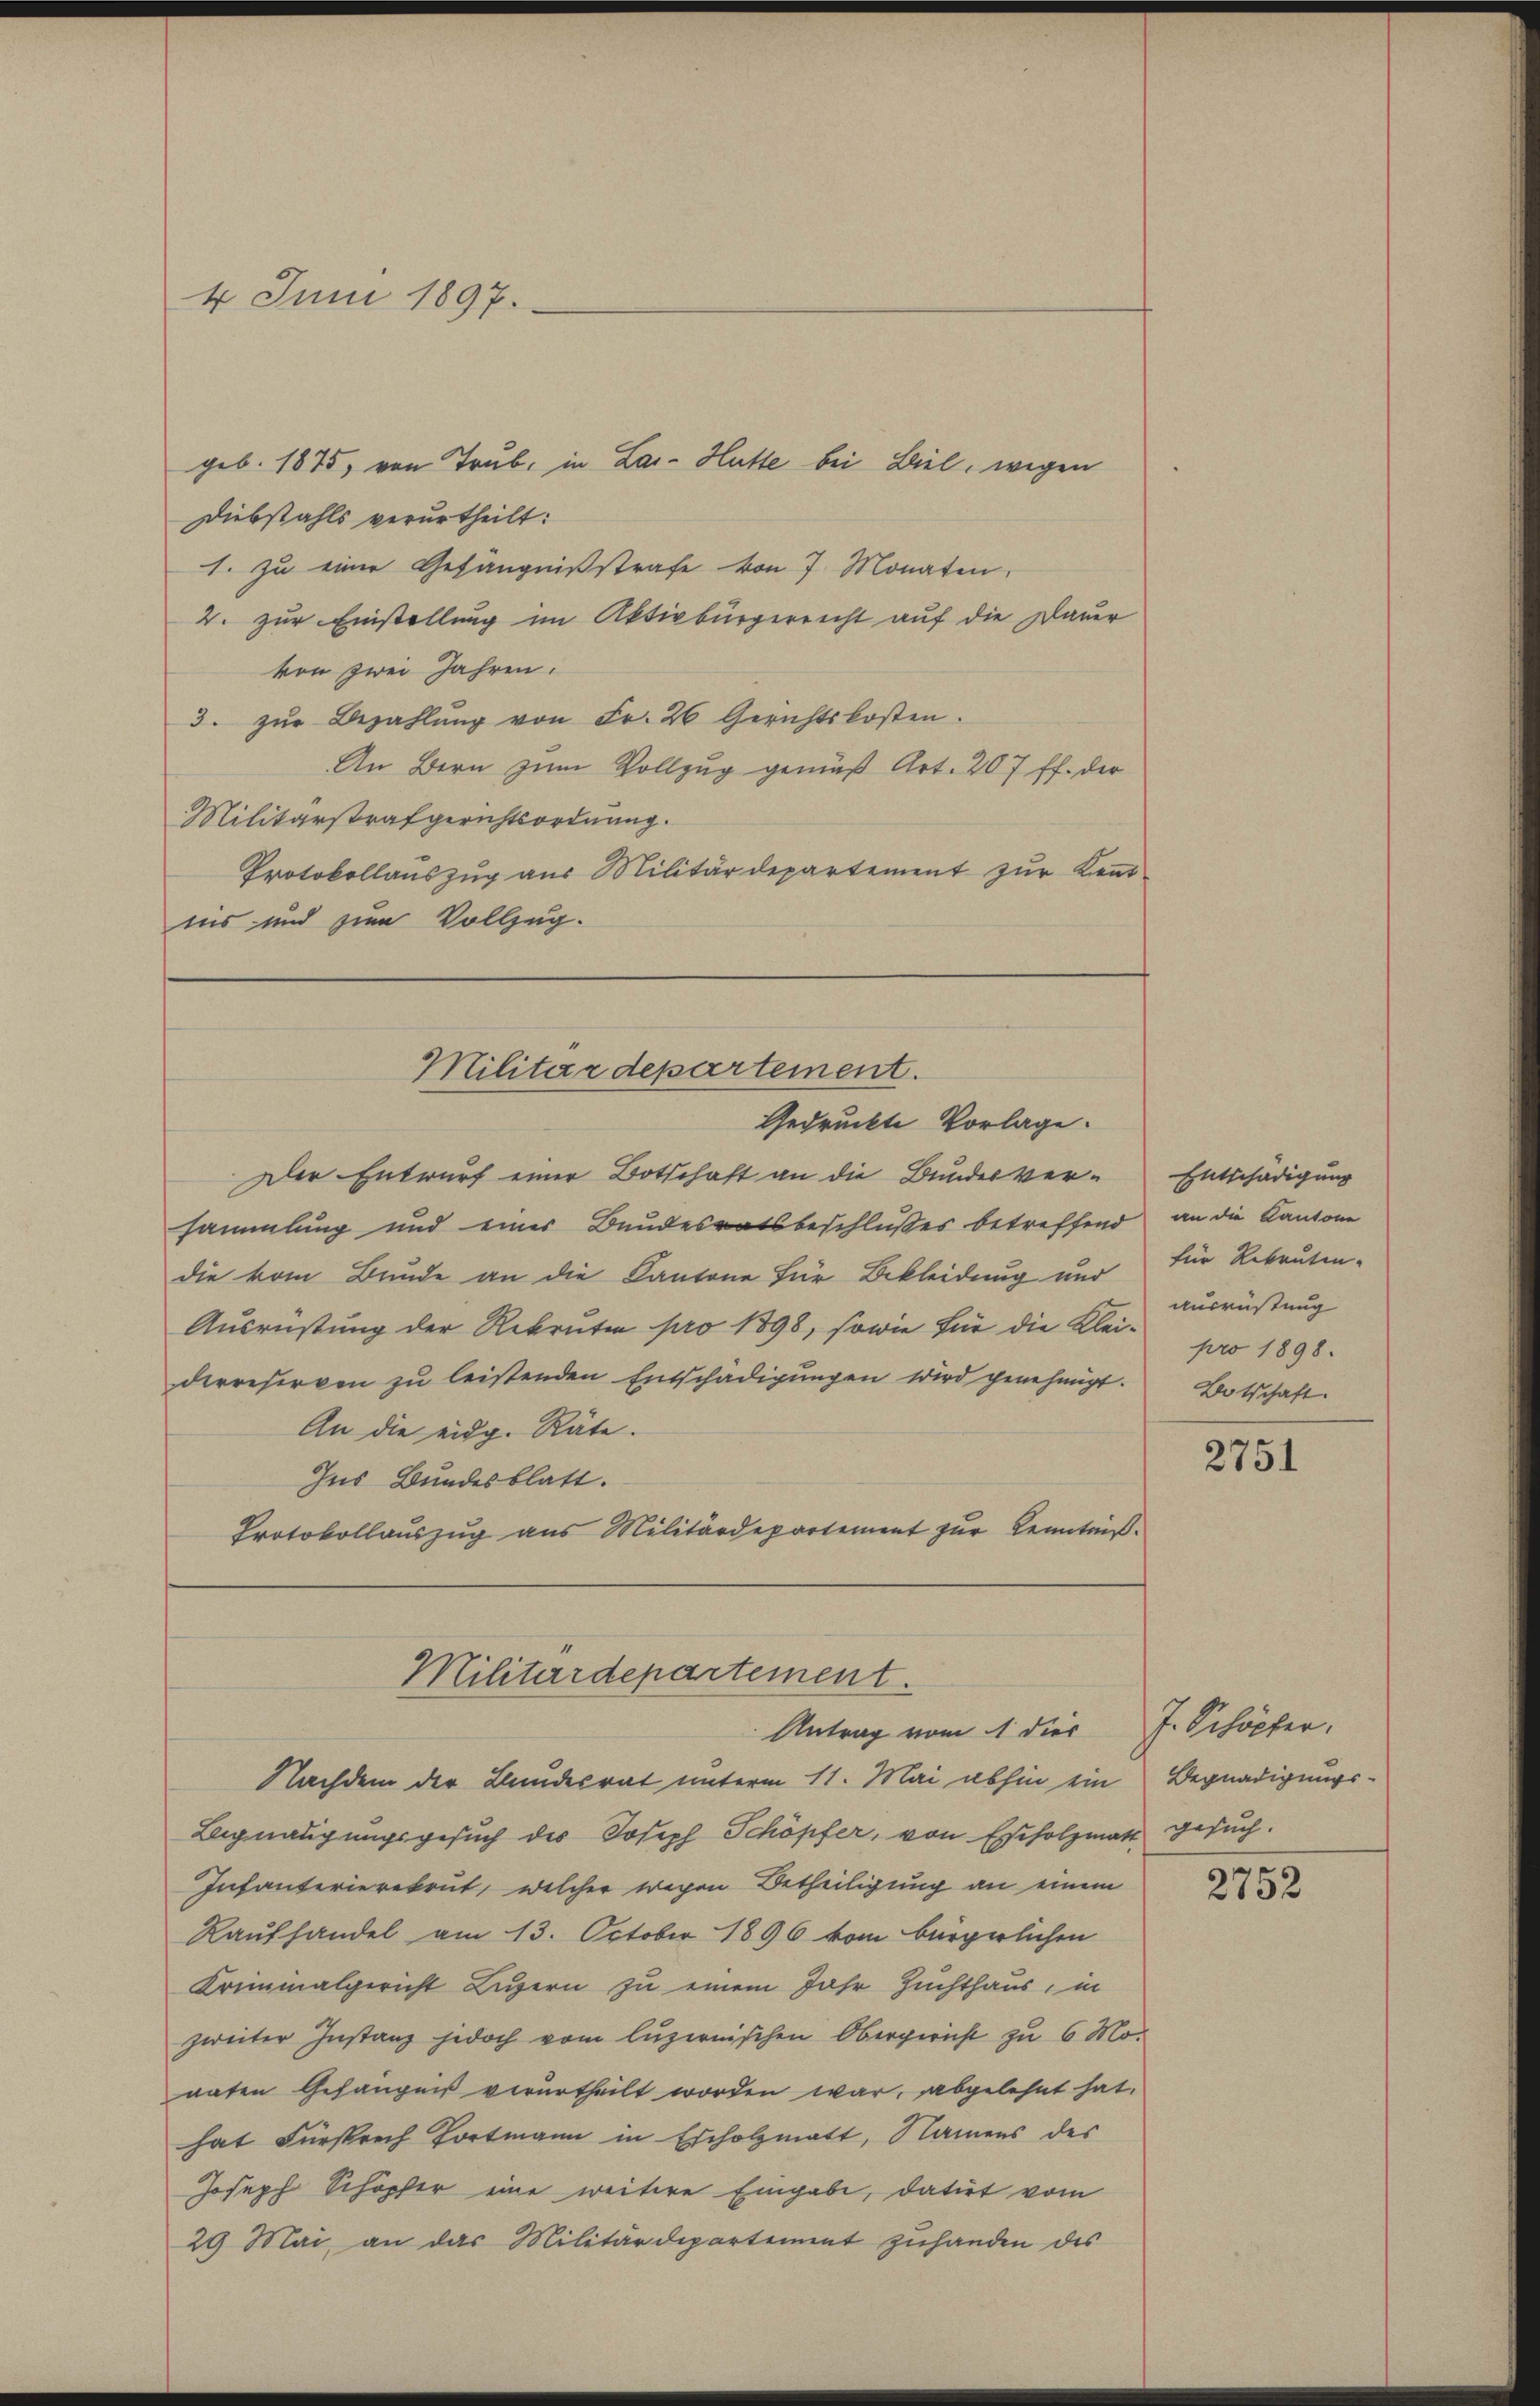
4. Juni 1897.

geb. 1875, von Trub, in Lar- Hütte bei Ziel, wegen
Diebstahls verurtheilt:
1. zu einer Gefängnißstrafe von 7 Monaten.
2. zur Einstellung im Aktivbürgerricht auf die Dauer
kon zwei Jahren.
3. zŭr Bezahlŭng von Fr. 26 Gerichtskosten.
An Bern zum Vollzug gemäß Art. 207 ff. der
Militärstrafgerichtsordnung.
Protokollauszug aus Militärdepartement zur Kent
nis und zum Vollzug.

Der Entwurf einer Botschaft an die Bundesversammlung und einer Bundesratsbeschlußes betreffend
die vom Bunde an die Kantone für Bekleidung und
Ausrüstung der Rekruten pro 1898, sowie für die Klei¬ pro 1898.
derreserven zu leistenden Entschädigungen wird genehmigt.
An die eidg. Räte.
Ins Bundesblatt.
Protokollaŭszŭg aŭs Militärdepartement zŭr Kenntniß-

Militärdepartement.
Gedruckte Vorlage.

Militärdepartement.
Antrag vom 1. dies J. Schöpfer.

Nachdem der Bundesrat unterm 11. Mai abhin ein
Begnadigungsgesuch des Joseph Schöpfer, von Escholzmatt gesuch¬
Infanterierekrut, welcher wegen Betheiligung an einem
Raufhandel am 13. October 1896 vom bürgerlichen
Kreimalgericht Luzern zu einem Jahr Zuchthaus, in
zweiter Instanz jedoch vom luzernischen Obergericht zu 6 Mo-
naten Gefängniß verurtheilt worden war, abgelehnt hat.
hat Fürsprech Portmann in Escholzmatt, Namens des
Joseph Schöpfer eine weitere Eingabe, datirt vom
29 Mai an das Militärdepartement zŭhanden des

Entschädigung
an die Kantone
für Rekruten-
Ausrüstung
Botschaft.

2751

Begnadigungs-

2752